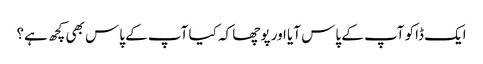
ایک ڈاکو آپ کے پاس آیا اور پوچھا کہ کیا آپ کے پاس بھی کچھ ہے؟